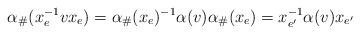
LaTeX: \begin{align*}\alpha_\#(x_{e}^{-1}vx_{e})&= \alpha_\#(x_{e})^{-1}\alpha(v)\alpha_\#(x_e)= x_{e'}^{-1}\alpha(v)x_{e'}\end{align*}